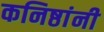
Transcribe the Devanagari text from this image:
कनिष्ठांनी